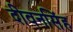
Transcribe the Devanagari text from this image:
दीवनसिंह